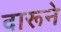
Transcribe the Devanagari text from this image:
दारूने